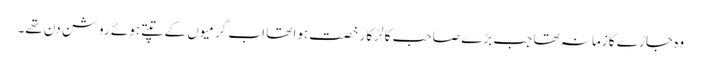
وہ جاڑے کا زمانہ تھا جب بڑے صاحب کا لڑکا رخصت ہوا تھا اب گرمیوں کے تپتے ہوئے روشن دن تھے۔